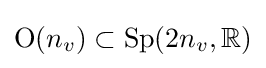
{\text{O}}(n_{v})\subset {\text{Sp}}(2n_{v},\mathbb {R} )